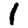
Digit: 1